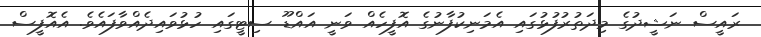
ރައީސް ނަޝީދުގެ މިދަތުރުފުޅުގައި އެމަނިކުފާނުގެ އޮފީހެއް ވަނީ އައްޑޫ ސިޓީގައި ހުޅުވައިދެއްވާފައެވެ. އެއޮފީސް